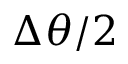
\Delta \theta / 2